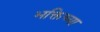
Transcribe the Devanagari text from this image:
भक्तिच्या